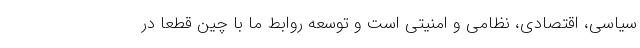
سیاسی، اقتصادی، نظامی و امنیتی است و توسعه روابط ما با چین قطعا در